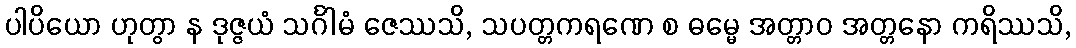
ပါပိယော ဟုတွာ န ဒုဇ္ဇယံ သင်္ဂါမံ ဇေဿသိ, သပတ္တကရဏေ စ ဓမ္မေ အတ္တာဝ အတ္တနော ကရိဿသိ,